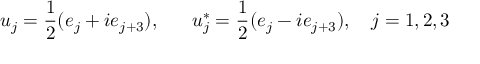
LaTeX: u _ { j } = \frac { 1 } { 2 } ( e _ { j } + i e _ { j + 3 } ) , ~ ~ ~ ~ ~ u _ { j } ^ { * } = \frac { 1 } { 2 } ( e _ { j } - i e _ { j + 3 } ) , ~ ~ ~ j = 1 , 2 , 3